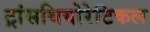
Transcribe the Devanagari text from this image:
ट्रांसथियोरेटिकल